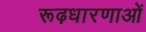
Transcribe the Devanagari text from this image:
रूढ़धारणाओं